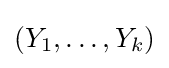
(Y_{1},\dots ,Y_{k})